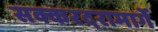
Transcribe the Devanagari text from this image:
सक्करदरामार्गे